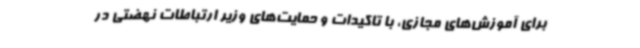
برای آموزش‌های مجازی، با تاکیدات و حمایت‌های وزیر ارتباطات نهضتی در